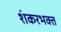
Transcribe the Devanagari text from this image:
शंकरभक्त